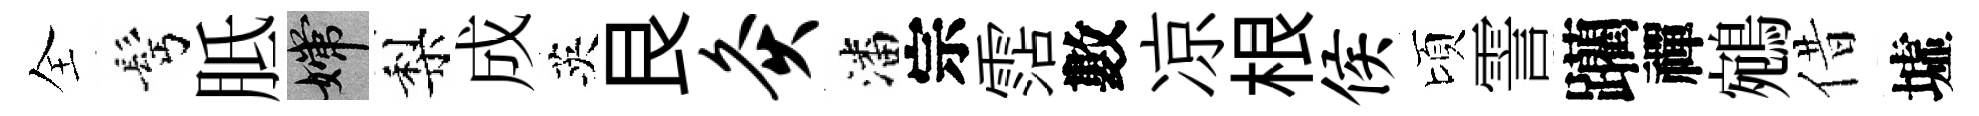
全髩胝嫦梨成英艮灸潘宗霑數凉根侯頃霅躪禪鵷借墟